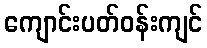
ကျောင်းပတ်ဝန်းကျင်